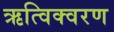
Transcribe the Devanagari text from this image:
ऋत्विक्वरण